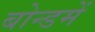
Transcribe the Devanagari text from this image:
बोन्डमें